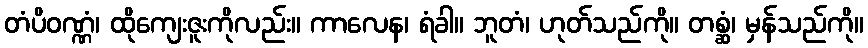
တံပိဝဏ္ဏံ၊ ထိုကျေးဇူးကိုလည်း။ ကာလေန၊ ရံခါ။ ဘူတံ၊ ဟုတ်သည်ကို။ တစ္ဆံ၊ မှန်သည်ကို။